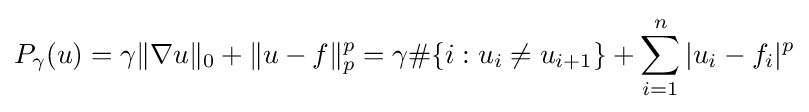
P_{\gamma }(u)=\gamma \|\nabla u\|_{0}+\|u-f\|_{p}^{p}=\gamma \#\{i:u_{i}\neq u_{i+1}\}+\sum _{i=1}^{n}|u_{i}-f_{i}|^{p}